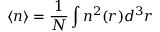
\langle n \rangle = \frac { 1 } { N } \int n ^ { 2 } ( \boldsymbol { r } ) d ^ { 3 } r